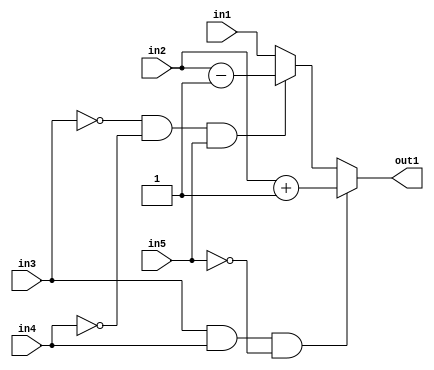
`timescale 1ps / 1ps
/*****************************************************************************
    Verilog RTL Description
    
    
    Created by: Stratus DpOpt 2019.1.01 
*******************************************************************************/

module GaussFilter_gen_fifo_addr_alt0_1 (
	in1,
	in2,
	in3,
	in4,
	in5,
	out1
	); /* architecture "behavioural" */ 
input  in1,
	in2,
	in3,
	in4,
	in5;
output  out1;
wire  asc001,
	asc002,
	asc003,
	asc004,
	asc005,
	asc006;

assign asc001 = 
	(in3)
	&(in4)
	&((~in5));

assign asc002 = 
	((~in3))
	&((~in4))
	&(in5);

assign asc004 = 
	+(in2)
	+(1'B1);

assign asc006 = 
	+(in2)
	-(1'B1);

reg [0:0] asc005_tmp_0;
assign asc005 = asc005_tmp_0;
always @ (asc002 or asc006 or in1) begin
	case (asc002)
		1'B1 : asc005_tmp_0 = asc006 ;
		default : asc005_tmp_0 = in1 ;
	endcase
end

reg [0:0] asc003_tmp_1;
assign asc003 = asc003_tmp_1;
always @ (asc001 or asc004 or asc005) begin
	case (asc001)
		1'B1 : asc003_tmp_1 = asc004 ;
		default : asc003_tmp_1 = asc005 ;
	endcase
end

assign out1 = asc003;
endmodule

/* CADENCE  vLnwQw0= : u9/ySgnWtBlWxVPRXgAZ4Og= ** DO NOT EDIT THIS LINE ******/